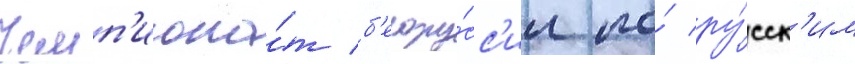
Чемп'иона́т б'елору́сс'ии по́ ру́сск'им